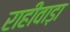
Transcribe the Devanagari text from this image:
राहीवाड़ा